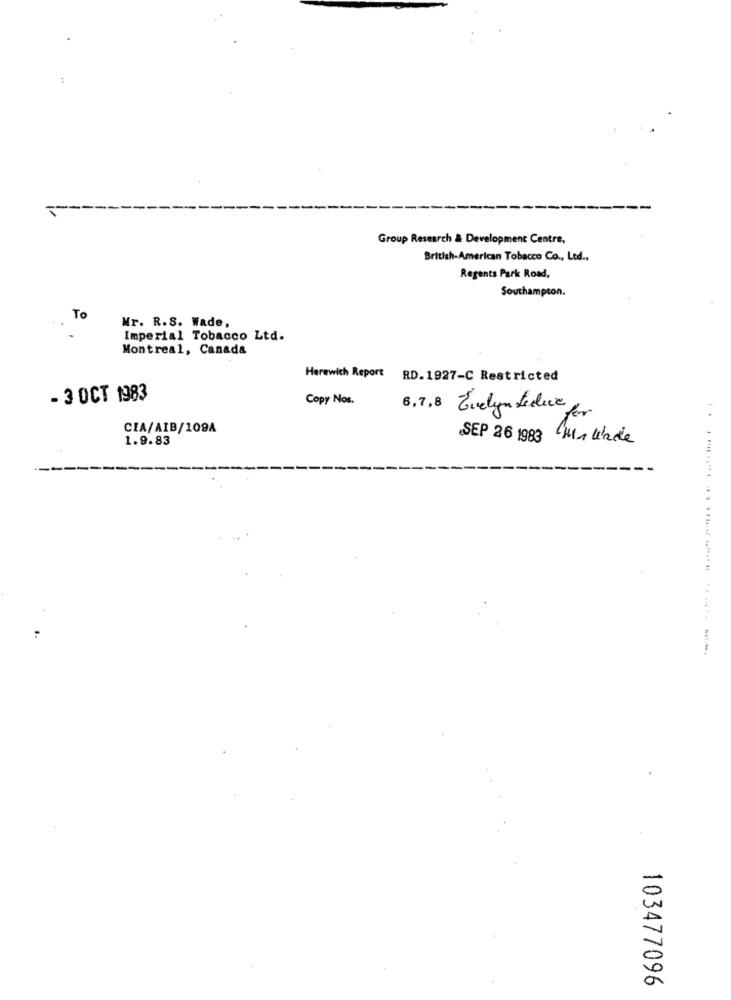
44
Group Research & Development Centre,
British-American Tobacco Co ., Ltd ..
Regents Park Road,
Southampton.
To
Mr. R.S. Wade,
Imperial Tobacco Ltd.
Montreal, Canada
Herewich Report RD. 1927-C Restricted
- 3 OCT 1983
Copy Nos.
6,7,8
Evelyn beduce for
CIA/AIB/109A
1.9.83
SEP 26 1983 Halinde
103477096